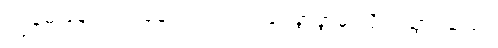
ကျွန်မ နောက်ကနေ ကြည့်ရင်း ခပ်ခွာခွာမှ လိုက်သွားသည်။